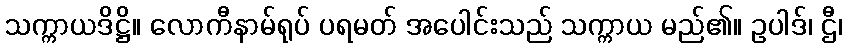
သက္ကာယဒိဋ္ဌိ။ လောကီနာမ်ရုပ် ပရမတ် အပေါင်းသည် သက္ကာယ မည်၏။ ဥပါဒ်၊ ဌီ၊